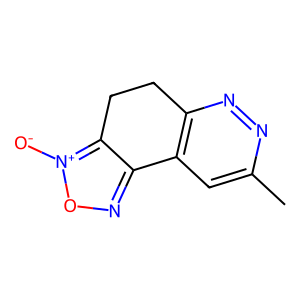
SMILES: Cc1cc2c(nn1)CCc1c-2no[n+]1[O-]
Inhibits HIV replication: No